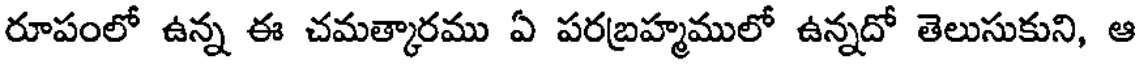
రూపంలో ఉన్న ఈ చమత్కారము ఏ పరబ్రహ్మములో ఉన్నదో తెలుసుకుని, ఆ